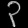
Digit: ၃